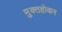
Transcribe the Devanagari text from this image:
मुक्तहोकर